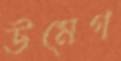
উমেগ